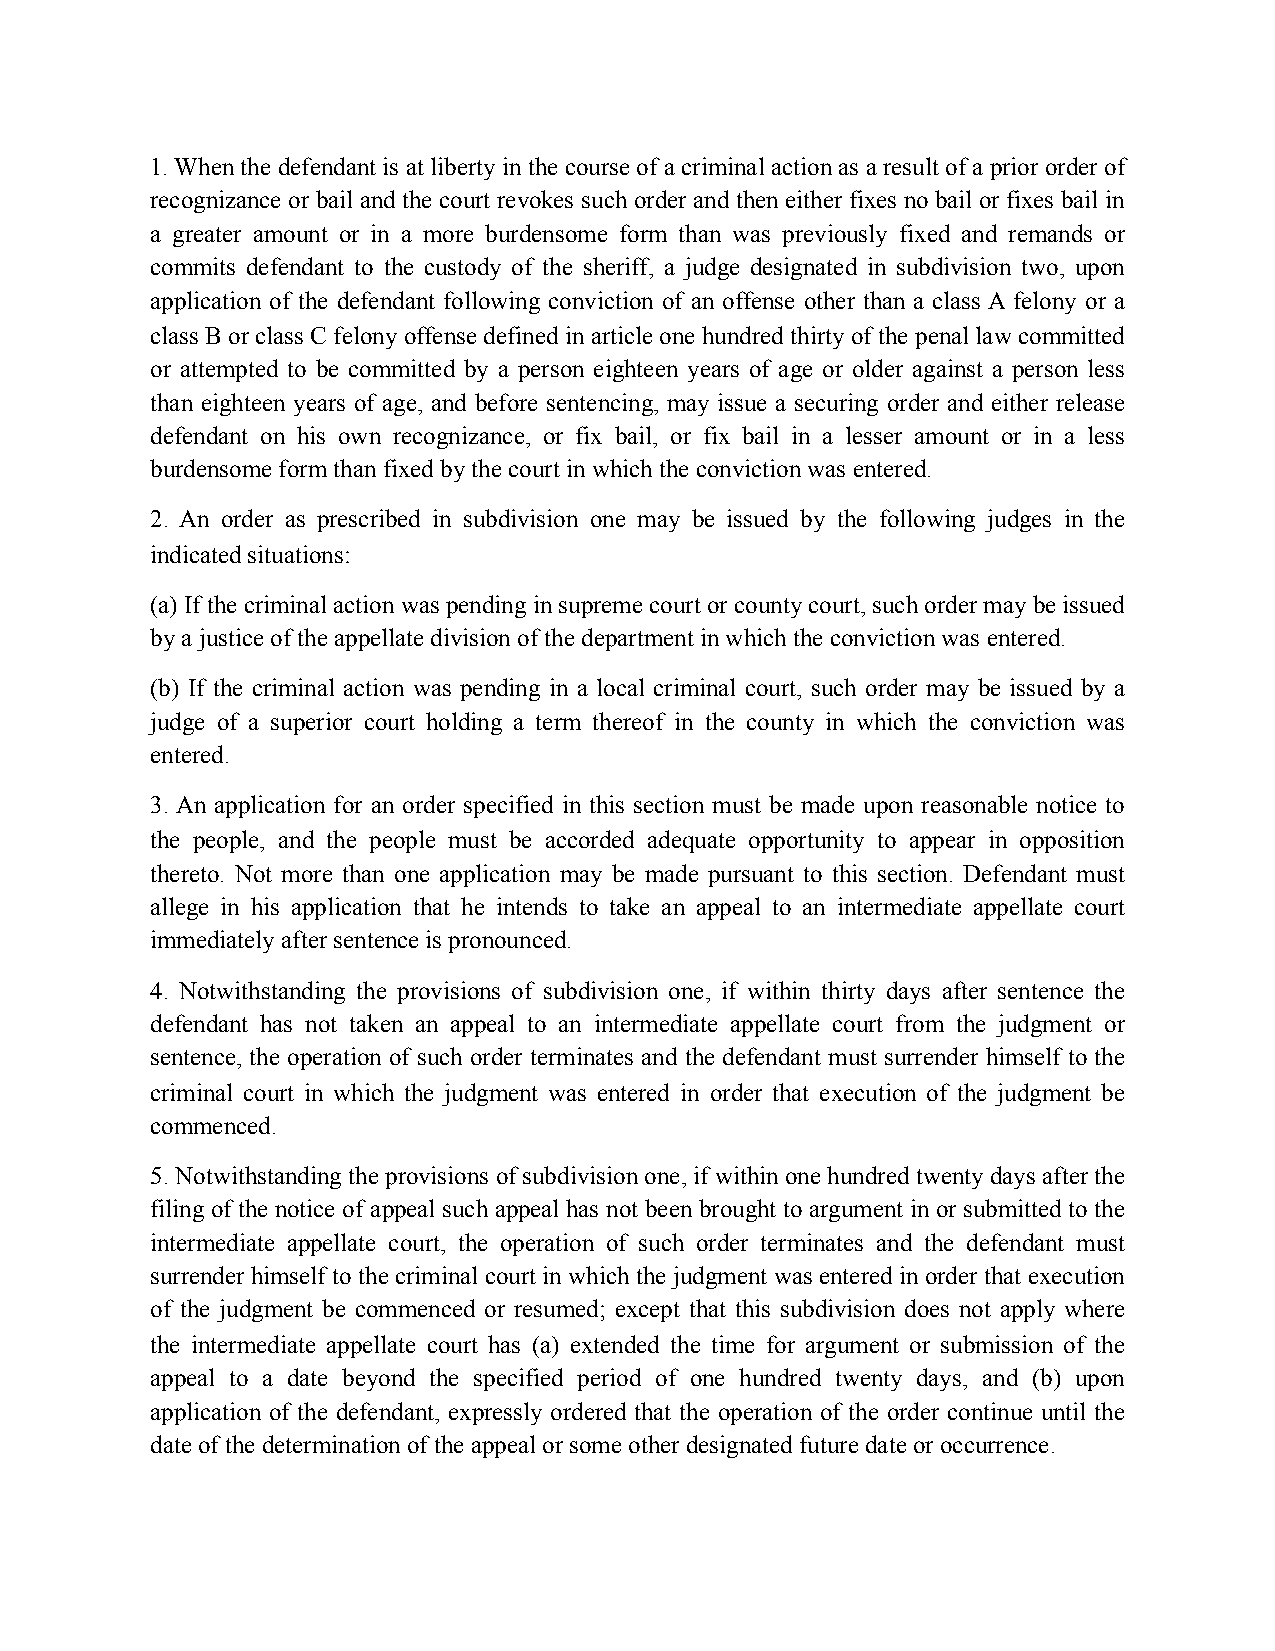
1. When the defendant is at liberty in the course of a criminal action as a result of a prior order of
 recognizance or bail and the court revokes such order and then either fixes no bail or fixes bail in
 a greater amount or in a more burdensome form than was previously fixed and remands or
 commits defendant to the custody of the sheriff, a judge designated in subdivision two, upon
 application of the defendant following conviction of an offense other than a class A felony or a
 class B or class C felony offense defined in article one hundred thirty of the penal law committed
 or attempted to be committed by a person eighteen years of age or older against a person less
 than eighteen years of age, and before sentencing, may issue a securing order and either release
 defendant on his own recognizance, or fix bail, or fix bail in a lesser amount or in a less
 burdensome form than fixed by the court in which the conviction was entered.
 2. An order as prescribed in subdivision one may be issued by the following judges in the
 indicated situations:
 (a) If the criminal action was pending in supreme court or county court, such order may be issued
 by a justice of the appellate division of the department in which the conviction was entered.
 (b) If the criminal action was pending in a local criminal court, such order may be issued by a
 judge of a superior court holding a term thereof in the county in which the conviction was
 entered.
 3. An application for an order specified in this section must be made upon reasonable notice to
 the people, and the people must be accorded adequate opportunity to appear in opposition
 thereto. Not more than one application may be made pursuant to this section. Defendant must
 allege in his application that he intends to take an appeal to an intermediate appellate court
 immediately after sentence is pronounced.
 4. Notwithstanding the provisions of subdivision one, if within thirty days after sentence the
 defendant has not taken an appeal to an intermediate appellate court from the judgment or
 sentence, the operation of such order terminates and the defendant must surrender himself to the
 criminal court in which the judgment was entered in order that execution of the judgment be
 commenced.
 5. Notwithstanding the provisions of subdivision one, if within one hundred twenty days after the
 filing of the notice of appeal such appeal has not been brought to argument in or submitted to the
 intermediate appellate court, the operation of such order terminates and the defendant must
 surrender himself to the criminal court in which the judgment was entered in order that execution
 of the judgment be commenced or resumed; except that this subdivision does not apply where
 the intermediate appellate court has (a) extended the time for argument or submission of the
 appeal to a date beyond the specified period of one hundred twenty days, and (b) upon
 application of the defendant, expressly ordered that the operation of the order continue until the
 date of the determination of the appeal or some other designated future date or occurrence.